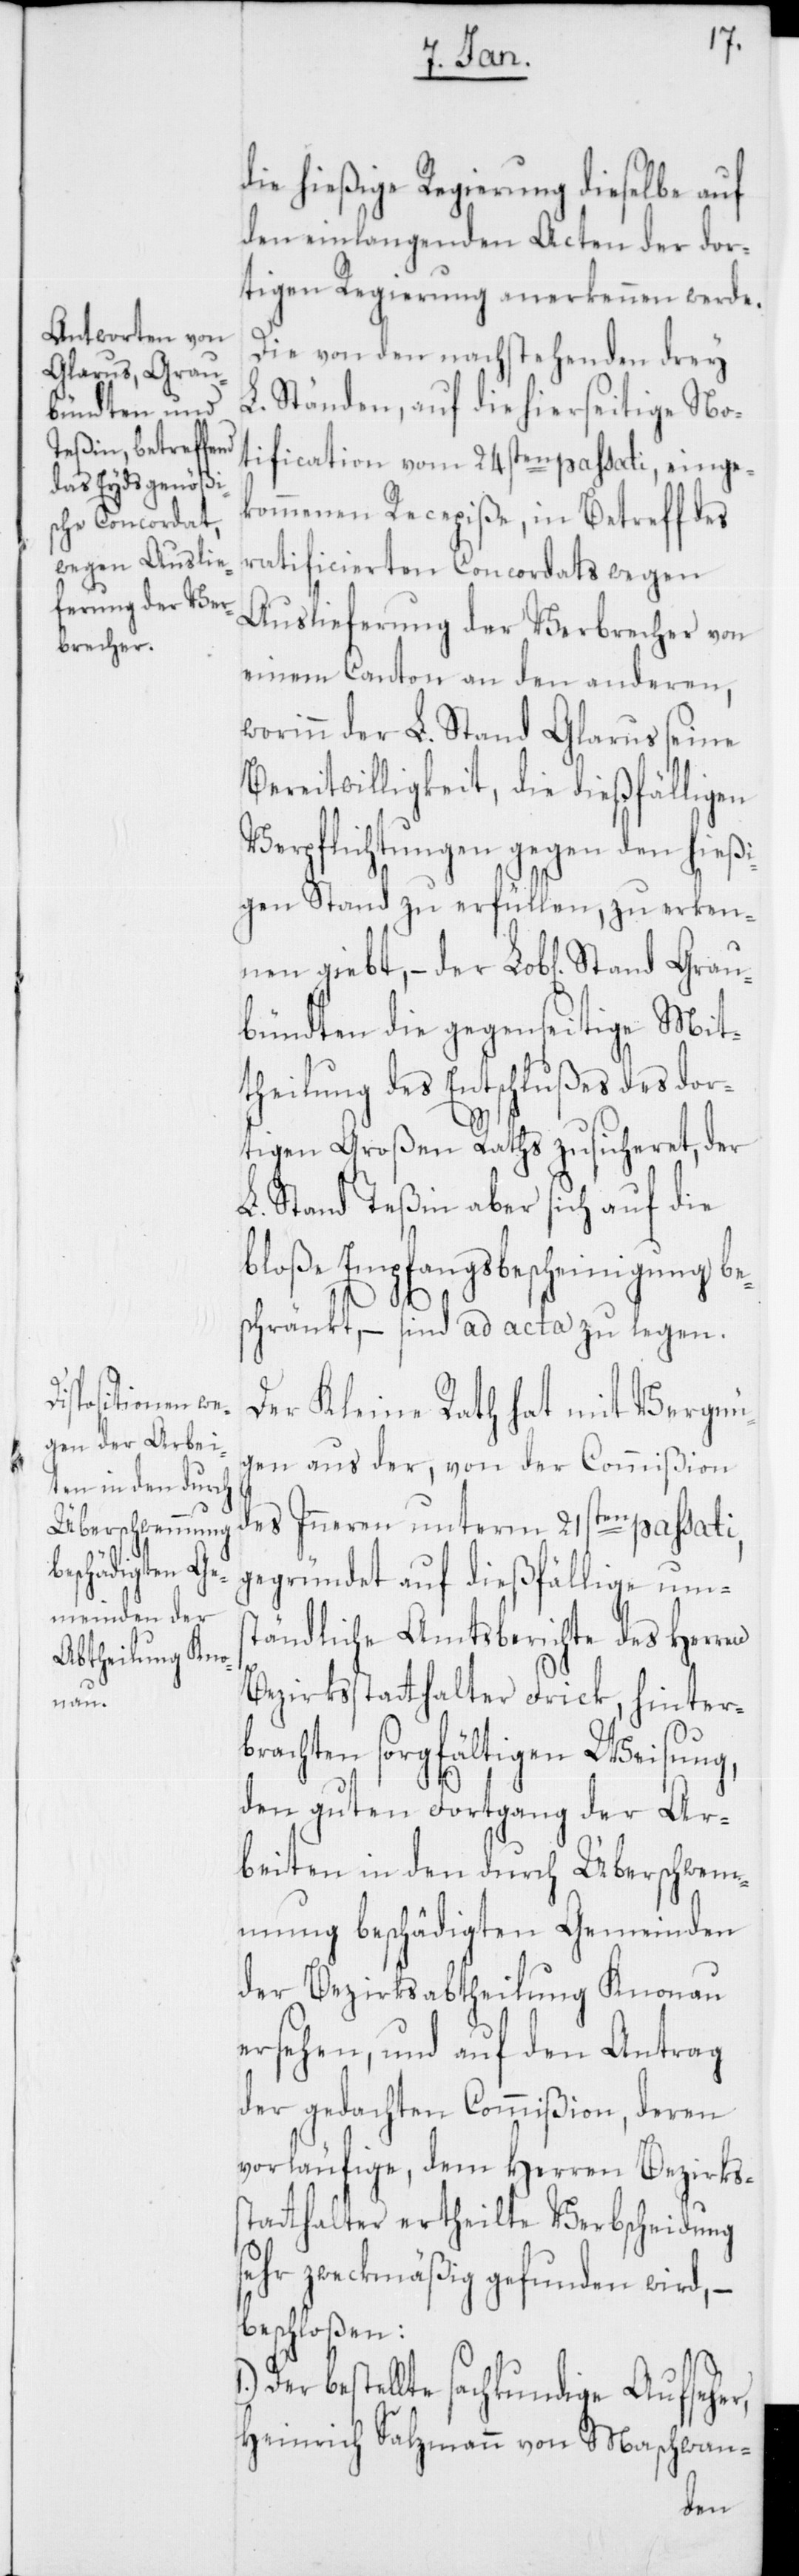
Stand Grau¬
schwan-

die hießige Regierung dieselbe auf
den einlangenden Acten der dor¬
tigen Regierung anerkennen werde.
Die von den nachstehenden drey
L. Ständen, auf die hierseitige No¬
tification vom 24sten passati, einge¬
kommenen Recepiße, in Betreff des
ratificierten Concordats wegen
Auslieferung der Verbrecher von
einem Canton an den anderen,
worinn der L. Stand Glarus seine
Bereitwilligkeit, die dießfälligen
Verpflichtungen gegen den hießi¬
gen Stand zu erfüllen, zu erkenn¬
bündten die gegenseitige Mit¬
theilung des Entschlußes des dor¬
tigen Großen Raths zusicheret, der
L. Stand Teßin aber sich auf die
bloße Empfangsbescheinigung be¬
schränkt, – sind ad acta zu legen.
Der Kleine Rath hat mit Vergnü¬
gen aus der, von der Commißion
des Inneren unterm 21sten passati,
gegründet auf dießfällige ums¬
tändliche Amtsberichte des Herren
Bezirksstatthalter Frick, hinter¬
brachten sorgfältigen Weisung,
den guten Fortgang der Ar¬
beiten in den durch Überschwem¬
mung beschädigten Gemeinden
der Bezirksabtheilung Knonau
ersehen, und auf den Antrag
der gedachten Commißion, deren
vorläufige, dem Herren Bezirkss¬
tatthalter ertheilte Verbscheidung
sehr zweckmäßig gefunden wird, –
beschloßen:
Der bestellte sachkundige Aufseher,
Heinrich Salzmann von Ma¬
en